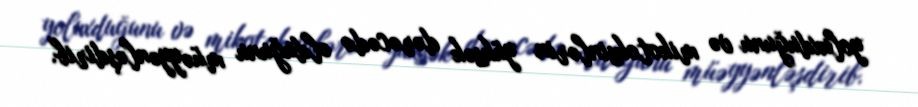
yoluxduğunu və mikotoksinlərin yüksək dərəcədə olduğunu müəyyənləşdirib.